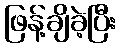
ဖြန့်ချိခဲ့ပြီး